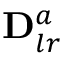
\mathbf { D } _ { l r } ^ { a }